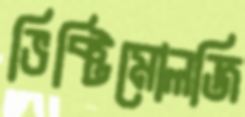
ভিক্টিমোলজি